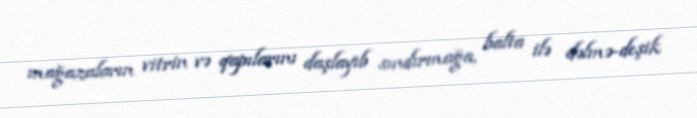
mağazaların vitrin və qapılarını daşlayıb sındırmağa, balta ilə dəlmə-deşik